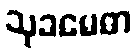
သုခမေဓာ